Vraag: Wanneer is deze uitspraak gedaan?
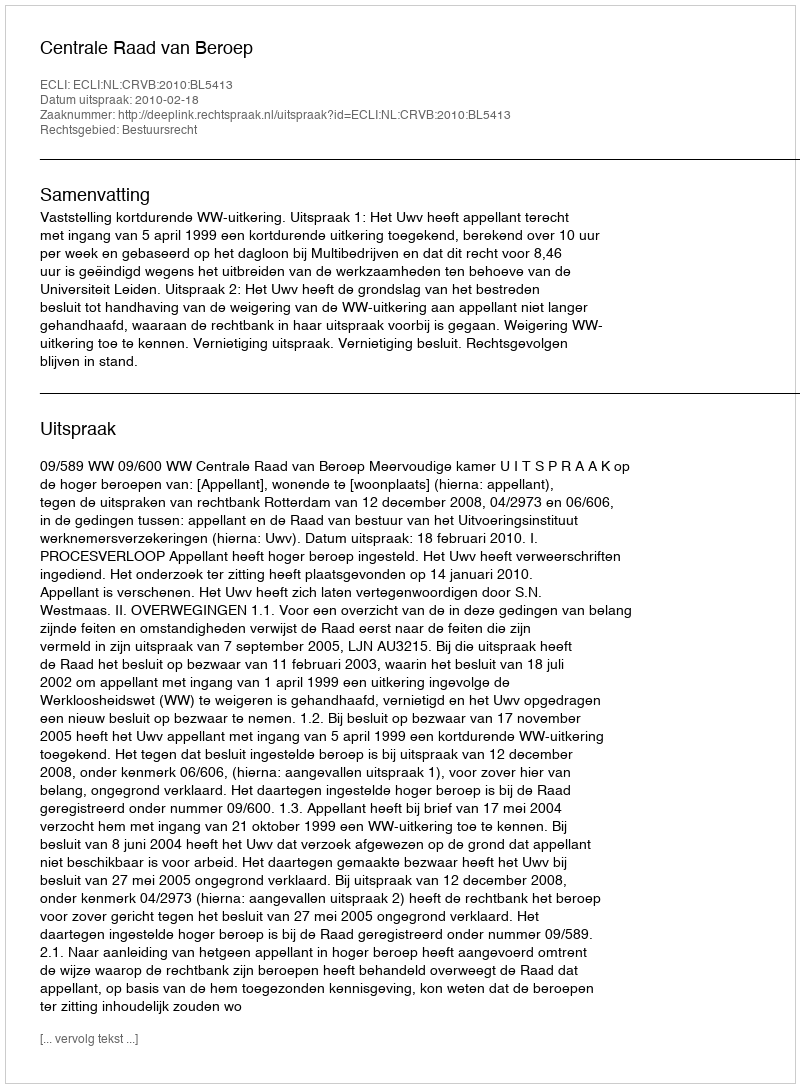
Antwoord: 2010-02-18